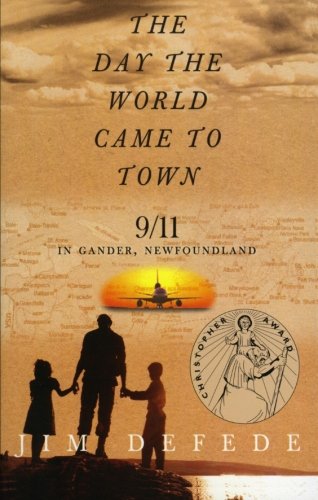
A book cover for The Day the World Came to Town: 9/11 in Gander, Newfoundland; Jim DeFede; History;